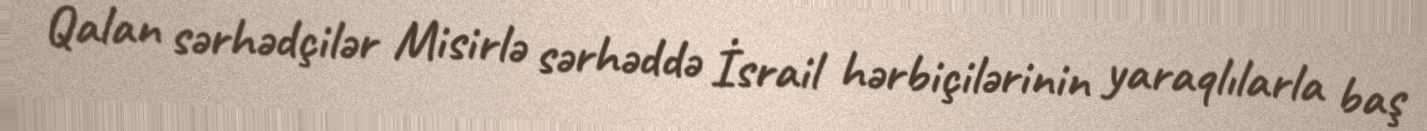
Qalan sərhədçilər Misirlə sərhəddə İsrail hərbiçilərinin yaraqlılarla baş